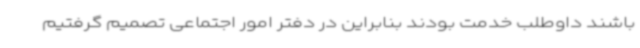
باشند داوطلب خدمت بودند بنابراین در دفتر امور اجتماعی تصمیم گرفتیم